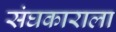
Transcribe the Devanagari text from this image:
संघकाराला